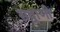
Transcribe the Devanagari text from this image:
सद्वाणी